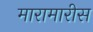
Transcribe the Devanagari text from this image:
मारामारीस